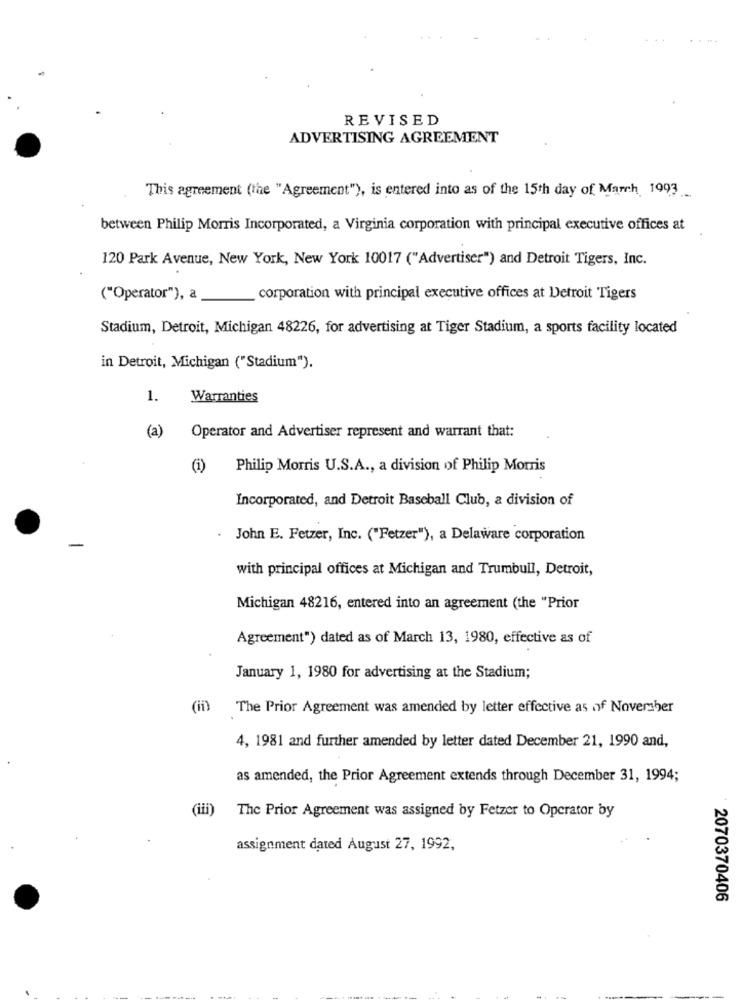
REVISED
ADVERTISING AGREEMENT
This agreement (the "Agreement"), is entered into as of the 15th day of March 1993
between Philip Morris Incorporated, a Virginia corporation with principal executive offices at
120 Park Avenue, New York, New York 10017 ("Advertiser") and Detroit Tigers, Inc.
("Operator"), a
corporation with principal executive offices at Detroit Tigers
Stadium, Detroit, Michigan 48226, for advertising at Tiger Stadium, a sports facility located
in Detroit, Michigan ("Stadium").
1.
Warranties
(a)
Operator and Advertiser represent and warrant that:
(i)
Philip Morris U.S.A ., a division of Philip Morris
Incorporated, and Detroit Baseball Club, a division of
.
John E. Fetzer, Inc. ("Fetzer"), a Delaware corporation
with principal offices at Michigan and Trumbull, Detroit,
Michigan 48216, entered into an agreement (the "Prior
Agreement") dated as of March 13, 1980, effective as of
January 1, 1980 for advertising at the Stadium;
(ii)
The Prior Agreement was amended by letter effective as of November
4, 1981 and further amended by letter dated December 21, 1990 and,
as amended, the Prior Agreement extends through December 31, 1994;
(iii)
The Prior Agreement was assigned by Fetzer to Operator by
assignment dated August 27, 1992.
2070370406